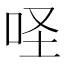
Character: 𠱅